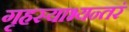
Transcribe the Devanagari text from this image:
गृहस्याभ्यन्तरं